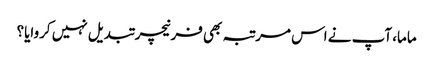
ماما، آپ نے اس مرتبہ بھی فرنیچر تبدیل نہیں کروایا؟